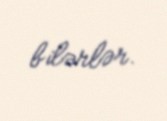
bilərlər.